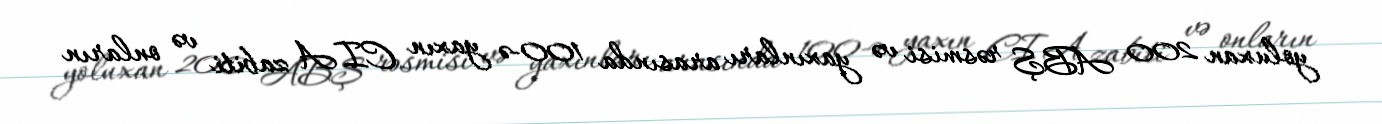
yoluxan 200 ABŞ rəsmisi və yaxınları arasında 100-ə yaxın CIA zabiti və onların